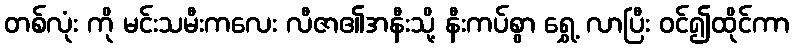
တစ်လုံး ကို မင်းသမီးကလေး လီဇာ၏အနီးသို့ နီးကပ်စွာ ရွှေ့ လာပြီး ဝင်၍ထိုင်ကာ